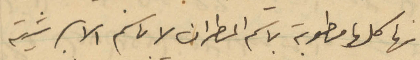
انها كلها مطوبة باسم المطران لا باسم الأبرشية